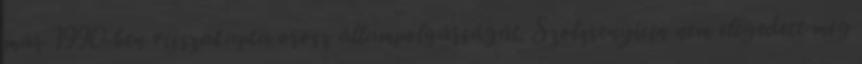
már 1990-ben visszakapta orosz állampolgárságát. Szolzsenyicin nem elégedett meg